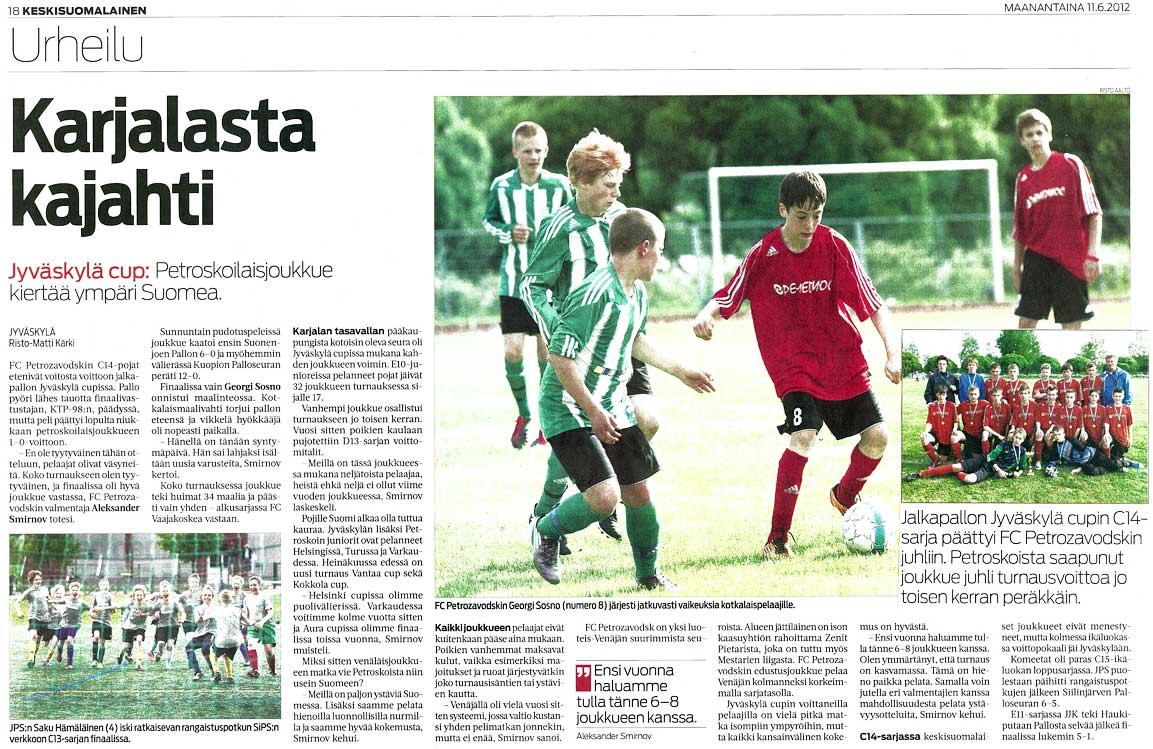
Language: fn